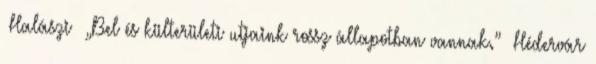
▪Halászi ▪„Bel és külterületi utjaink rossz állapotban vannak.” ▪Hédervár